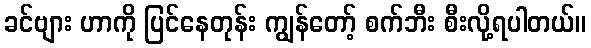
ခင်ဗျား ဟာကို ပြင်နေတုန်း ကျွန်တော့် စက်ဘီး စီးလို့ရပါတယ်။